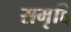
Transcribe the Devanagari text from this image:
समृद्दि